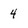
Character: 4